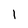
Character: 1